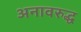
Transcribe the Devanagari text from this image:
अनावरुद्ध